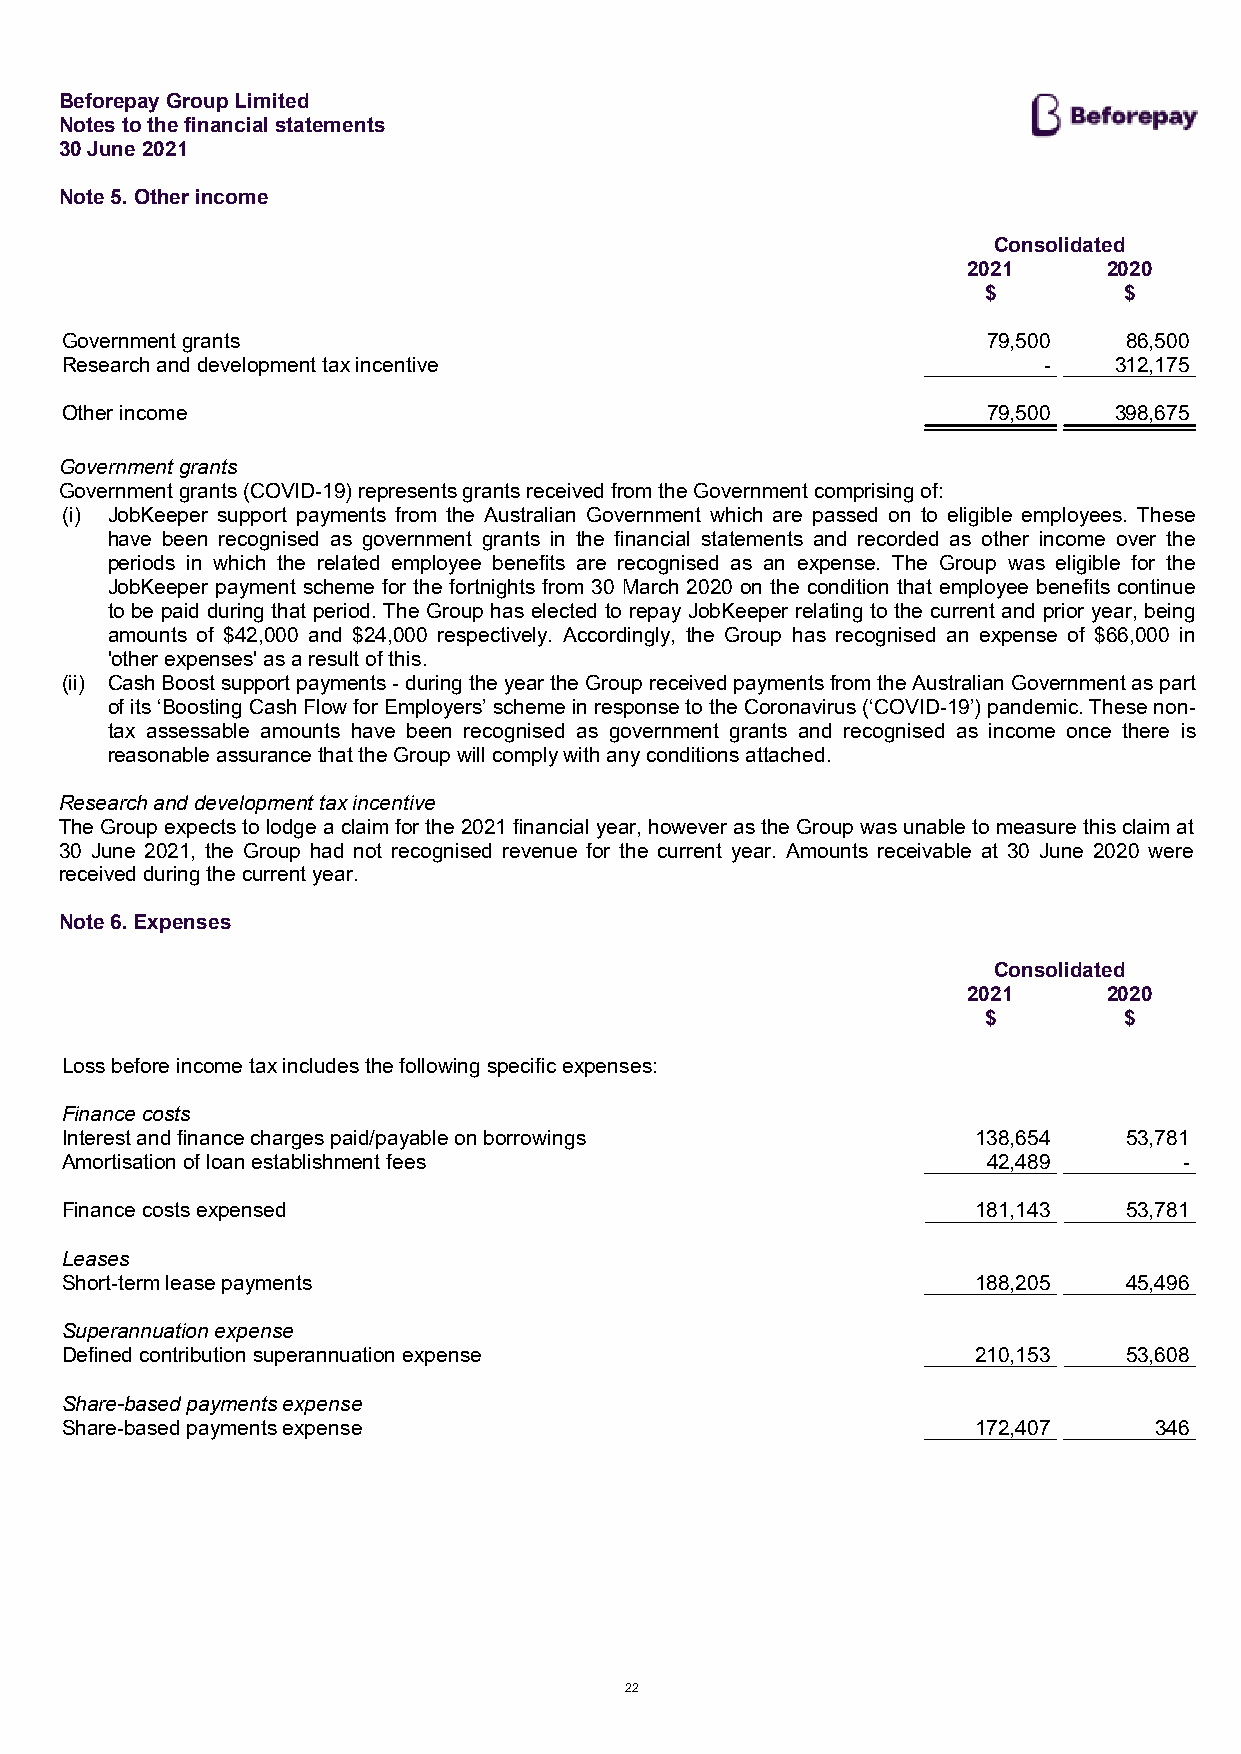
Beforepay Group Limited
 Notes to the financial statements
 30 June 2021
 Note 5. Other income
 Consolidated
 2021     2020
 $        $
 Government grants                                            79,500    86,500
 Research and development tax incentive                           -    312,175
 Other income                                                 79,500   398,675
 Government grants
 Government grants (COVID-19) represents grants received from the Government comprising of:
 (i) JobKeeper support payments from the Australian Government which are passed on to eligible employees. These
 have been recognised as government grants in the financial statements and recorded as other income over the
 periods in which the related employee benefits are recognised as an expense. The Group was eligible for the
 JobKeeper payment scheme for the fortnights from 30 March 2020 on the condition that employee benefits continue
 to be paid during that period. The Group has elected to repay JobKeeper relating to the current and prior year, being
 amounts of $42,000 and $24,000 respectively. Accordingly, the Group has recognised an expense of $66,000 in
 'other expenses' as a result of this.
 (ii) Cash Boost support payments - during the year the Group received payments from the Australian Government as part
 of its ‘Boosting Cash Flow for Employers’ scheme in response to the Coronavirus (‘COVID-19’) pandemic. These non-
 tax assessable amounts have been recognised as government grants and recognised as income once there is
 reasonable assurance that the Group will comply with any conditions attached.
 Research and development tax incentive
 The Group expects to lodge a claim for the 2021 financial year, however as the Group was unable to measure this claim at
 30 June 2021, the Group had not recognised revenue for the current year. Amounts receivable at 30 June 2020 were
 received during the current year.
 Note 6. Expenses
 Consolidated
 2021     2020
 $        $
 Loss before income tax includes the following specific expenses:
 Finance costs
 Interest and finance charges paid/payable on borrowings      138,654   53,781
 Amortisation of loan establishment fees                      42,489       -
 Finance costs expensed                                       181,143   53,781
 Leases
 Short-term lease payments                                    188,205   45,496
 Superannuation expense
 Defined contribution superannuation expense                  210,153   53,608
 Share-based payments expense
 Share-based payments expense                                 172,407    346
 22